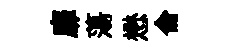
靡蕩懋侖